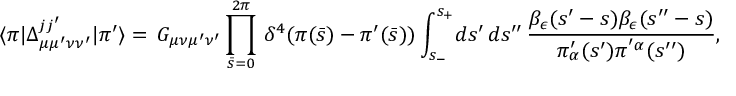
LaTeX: \langle \pi | \Delta _ { \mu \mu ^ { \prime } \nu \nu ^ { \prime } } ^ { j j ^ { \prime } } | \pi ^ { \prime } \rangle = \, G _ { \mu \nu \mu ^ { \prime } \nu ^ { \prime } } \prod _ { \bar { s } = 0 } ^ { 2 \pi } \, \delta ^ { 4 } ( \pi ( \bar { s } ) - \pi ^ { \prime } ( \bar { s } ) ) \int _ { s _ { - } } ^ { s _ { + } } \! d s ^ { \prime } \, d s ^ { \prime \prime } \, { \frac { \beta _ { \epsilon } ( s ^ { \prime } - s ) \beta _ { \epsilon } ( s ^ { \prime \prime } - s ) } { \pi _ { \alpha } ^ { \prime } ( s ^ { \prime } ) \pi ^ { ' \alpha } ( s ^ { \prime \prime } ) } } ,